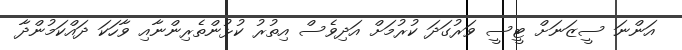
އަންނަ ސީޒަނަށް ޓީސީ ވަރުގަދަ ކުރުމަށް އަދިވެސް އިތުރު ކުޅުންތެރިންނާއި ވާހަކަ ދައްކަމުންދާ